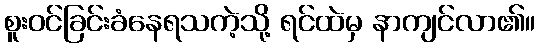
စူးဝင်ခြင်းခံနေရသကဲ့သို့ ရင်ထဲမှ နာကျင်လာ၏။